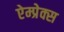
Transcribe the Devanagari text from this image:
ऐम्प्रेक्स